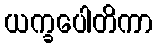
ယက္ခပေါတိကာ